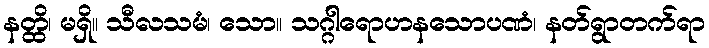
နတ္ထိ၊ မရှိ။ သီလသမံ၊ သော။ သဂ္ဂါရောဟနသောပဏံ၊ နတ်ရွာတက်ရာ